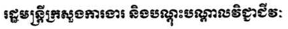
រដ្ធមន្រ្តីក្រសួងការងារ និងបណ្តុះបណ្តាលវិជ្ជាជីវៈ